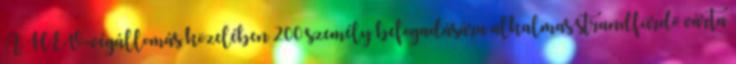
A HÉV-végállomás közelében 200 személy befogadására alkalmas strandfürdõ várta